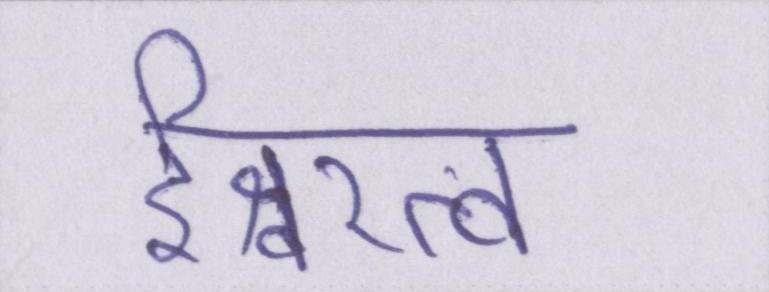
ईश्वरत्व